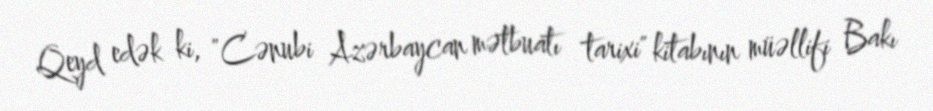
Qeyd edək ki, "Cənubi Azərbaycan mətbuatı tarixi" kitabının müəllifi Bakı